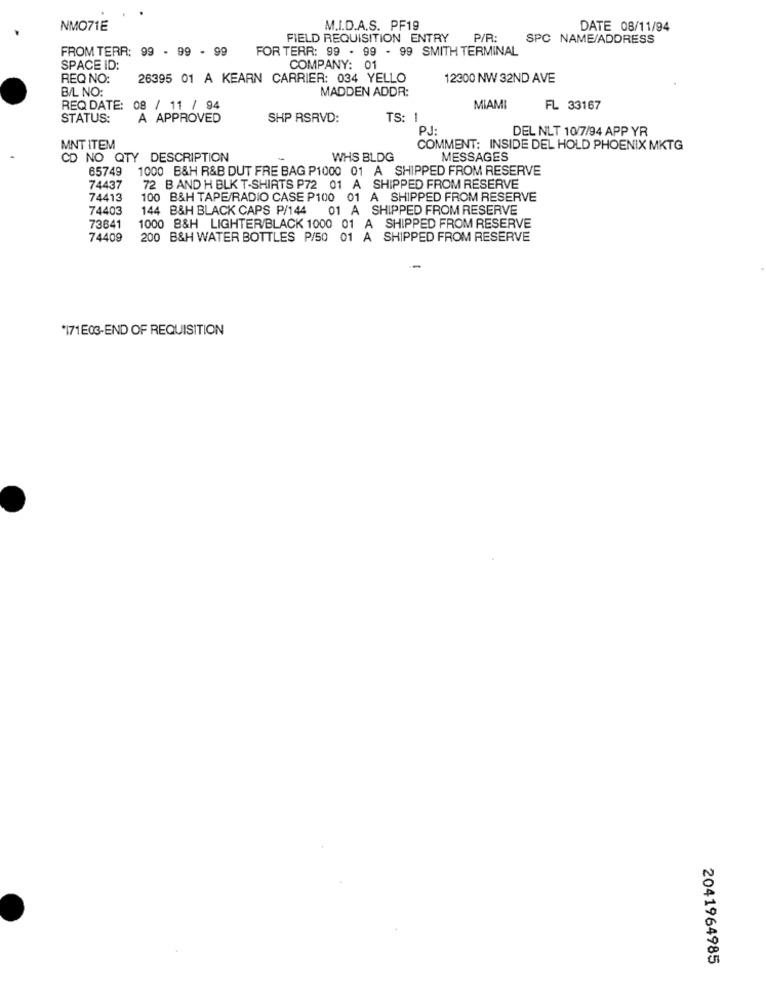
NMO71E
M.I.D.A.S. PF19
DATE 08/11/94
FIELD REQUISITION ENTRY
P/R:
SPC NAME/ADDRESS
FROM TERR: 99 - 99 . 99
FOR TERR: 99 . 99 - 99 SMITH TERMINAL
SPACE ID:
COMPANY: 01
REQ NO:
26395 01 A KEARN CARRIER: 034 YELLO
12300 NW 32ND AVE
B/L NO:
MADDEN ADDR:
REQ DATE: 08 / 11 / 94
MIAMI
FL 33167
STATUS:
A APPROVED
SHP RSRVD:
TS: 1
P.J.
DEL NLT 10/7/94 APP YR
MNT ITEM
COMMENT: INSIDE DEL HOLD PHOENIX MKTG
CD NO QTY DESCRIPTION
WHS BLDG
MESSAGES
65749 1000 B&H R&B DUT FRE BAG P1000 01 A SHIPPED FROM RESERVE
74437
72 B AND H BLK T-SHIRTS P72 01 A SHIPPED FROM RESERVE
74413
100 B&H TAPE/RADIO CASE P100 01 A SHIPPED FROM RESERVE
74403
144 B&H BLACK CAPS P/144
01 A SHIPPED FROM RESERVE
73641
1000 8&H LIGHTER/BLACK 1000 01 A SHIPPED FROM RESERVE
74409
200 B&H WATER BOTTLES P/50 01 A SHIPPED FROM RESERVE
*171E03-END OF REQUISITION
2041964985